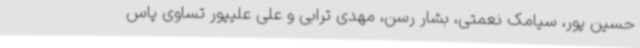
حسین پور، سیامک نعمتی، بشار رسن، مهدی ترابی و علی علیپور تساوی پاس